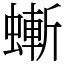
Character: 螹